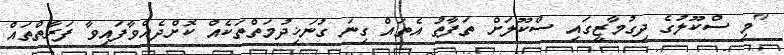
"މި ސްކޫލުގެ ދިގުމާޒީގައި ސްކޫލަށް ތަފާތު އެތައް ގިނަ ގުނަޚިދުމަތްތަކެއް ކޮށްދެއްވާފައިވާ ފަރާތްތައް